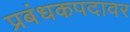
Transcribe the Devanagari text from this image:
प्रबंधकपदावर